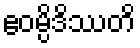
ဧဝမ္ပိဒိဿတိ